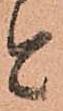
と